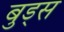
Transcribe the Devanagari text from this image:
बुड्स